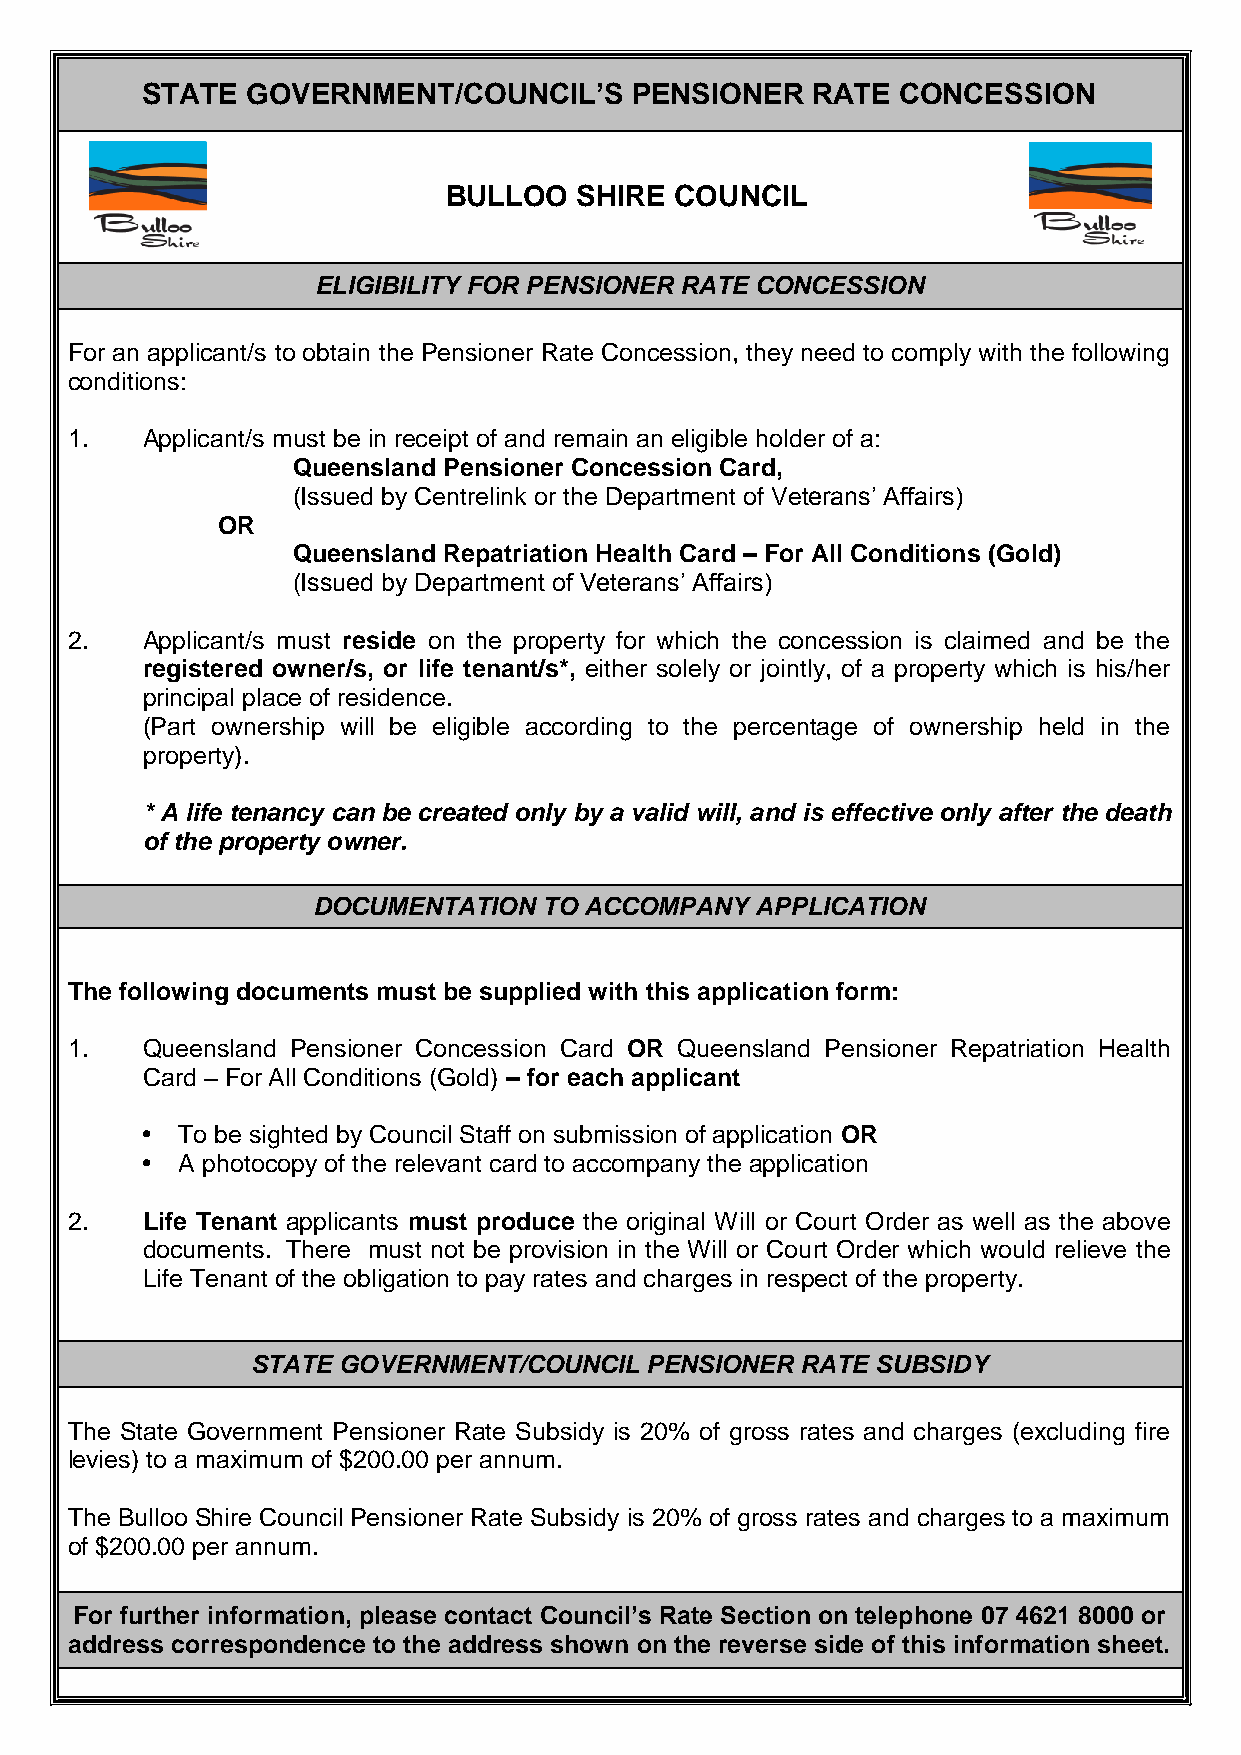
STATE  GOVERNMENT/COUNCIL’S      PENSIONER   RATE  CONCESSION
 BULLOO  SHIRE  COUNCIL
 ELIGIBILITY FOR PENSIONER RATE CONCESSION
 For an applicant/s to obtain the Pensioner Rate Concession, they need to comply with the following
 conditions:
 1.   Applicant/s must be in receipt of and remain an eligible holder of a:
 Queensland Pensioner Concession Card,
 (Issued by Centrelink or the Department of Veterans’ Affairs)
 OR
 Queensland Repatriation Health Card – For All Conditions (Gold)
 (Issued by Department of Veterans’ Affairs)
 2.   Applicant/s must reside on the property for which the concession is claimed and be the
 registered owner/s, or life tenant/s*, either solely or jointly, of a property which is his/her
 principal place of residence.
 (Part ownership will be eligible according to the percentage of ownership held in the
 property).
 * A life tenancy can be created only by a valid will, and is effective only after the death
 of the property owner.
 DOCUMENTATION  TO ACCOMPANY  APPLICATION
 The following documents must be supplied with this application form:
 1.   Queensland Pensioner Concession Card OR Queensland Pensioner Repatriation Health
 Card – For All Conditions (Gold) – for each applicant
   To be sighted by Council Staff on submission of application OR
   A photocopy of the relevant card to accompany the application
 2.   Life Tenant applicants must produce the original Will or Court Order as well as the above
 documents. There must not be provision in the Will or Court Order which would relieve the
 Life Tenant of the obligation to pay rates and charges in respect of the property.
 STATE GOVERNMENT/COUNCIL  PENSIONER RATE SUBSIDY
 The State Government Pensioner Rate Subsidy is 20% of gross rates and charges (excluding fire
 levies) to a maximum of $200.00 per annum.
 The Bulloo Shire Council Pensioner Rate Subsidy is 20% of gross rates and charges to a maximum
 of $200.00 per annum.
 For further information, please contact Council’s Rate Section on telephone 07 4621 8000 or
 address correspondence to the address shown on the reverse side of this information sheet.